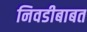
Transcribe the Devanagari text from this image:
निवडीबाबत